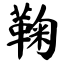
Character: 鞠